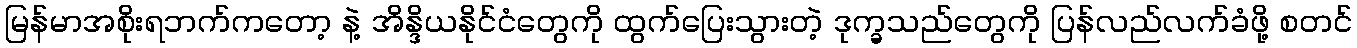
မြန်မာအစိုးရဘက်ကတော့ နဲ့ အိန္ဒိယနိုင်ငံတွေကို ထွက်ပြေးသွားတဲ့ ဒုက္ခသည်တွေကို ပြန်လည်လက်ခံဖို့ စတင်